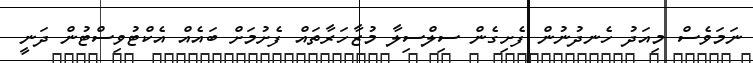
ނަމަވެސް މިއަދު ހެނދުނުން ފެށިގެން ސިލްސިލާ މުޒާހަރާތައް ފެށުމަށް ބައެއް އެކްޓުވިސްޓުން ދަނީ